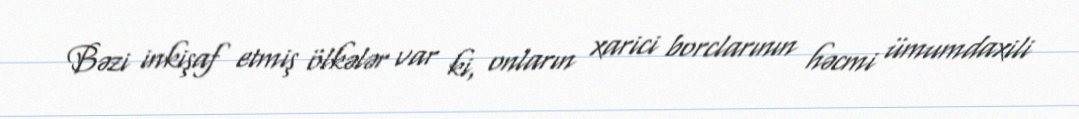
Bəzi inkişaf etmiş ölkələr var ki, onların xarici borclarının həcmi ümumdaxili